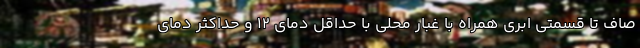
صاف تا قسمتی ابری همراه با غبار محلی با حداقل دمای ۱۲ و حداکثر دمای